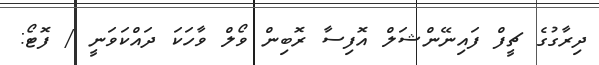
ދިރާގުގެ ޗީފް ފައިނޭންޝަލް އޮފިސާ ރޮބިން ވޯލް ވާހަކަ ދައްކަވަނީ / ފޮޓޯ: